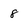
Character: 8